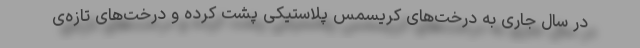
در سال جاری به درخت‌های کریسمس پلاستیکی پشت کرده و درخت‌های تازه‌ی